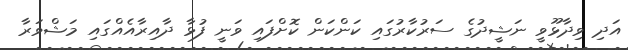
އަދި ވިދާޅޫވީ ނަޝީދުގެ ސަރުކާރުގައި ކަންކަން ކޮށްފައި ވަނީ ފުޅާ ދާއިރާއެއްގައި މަޝްވަރާ